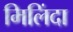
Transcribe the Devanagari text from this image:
मिलिंदा